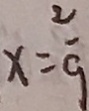
x = \frac { 2 } { 9 }